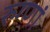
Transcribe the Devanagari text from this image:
रुग्णां